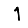
Digit: 1